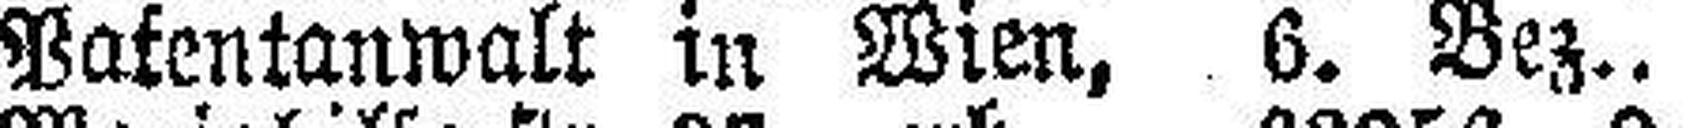
Patentanwalt in Wien, 6. Bez..